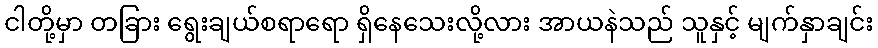
ငါတို့မှာ တခြား ရွေးချယ်စရာရော ရှိနေသေးလို့လား အာယနဲသည် သူနှင့် မျက်နှာချင်း